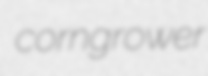
corngrower